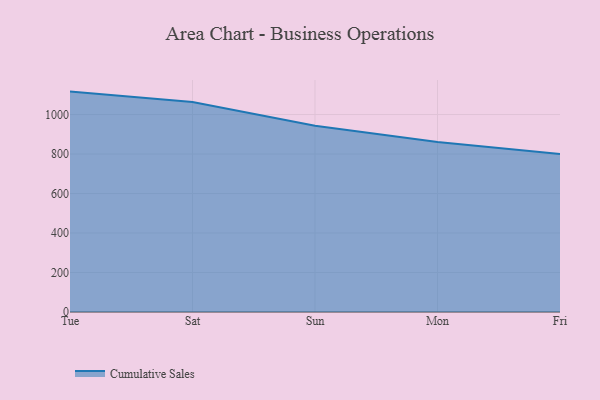
{"axis": {"x": "Day", "y": "Conversion Rate (%)"}, "legend": ["Cumulative Sales"], "data": [{"x": "Tue", "y": 1116.1, "type": "Cumulative Sales"}, {"x": "Sat", "y": 1063.4, "type": "Cumulative Sales"}, {"x": "Sun", "y": 943.5, "type": "Cumulative Sales"}, {"x": "Mon", "y": 860.6, "type": "Cumulative Sales"}, {"x": "Fri", "y": 800, "type": "Cumulative Sales"}]}